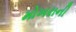
મોખરાની